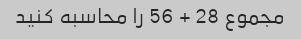
مجموع 28 + 56 را محاسبه کنید